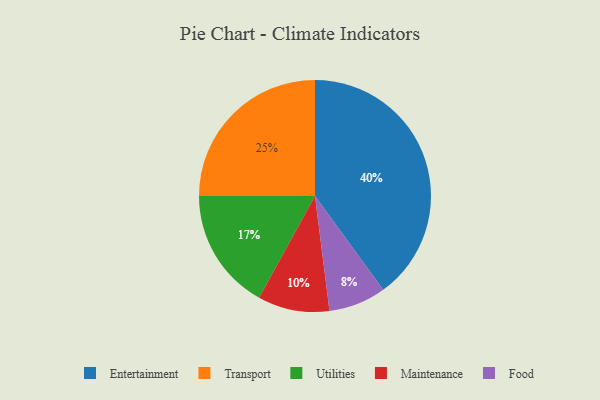
{"axis": {"x": "Category", "y": "Percentage"}, "legend": ["Entertainment", "Food", "Maintenance", "Transport", "Utilities"], "data": [{"x": "Utilities", "y": 17, "type": "Utilities"}, {"x": "Transport", "y": 25, "type": "Transport"}, {"x": "Entertainment", "y": 40, "type": "Entertainment"}, {"x": "Maintenance", "y": 10, "type": "Maintenance"}, {"x": "Food", "y": 8, "type": "Food"}]}